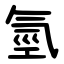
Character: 氫